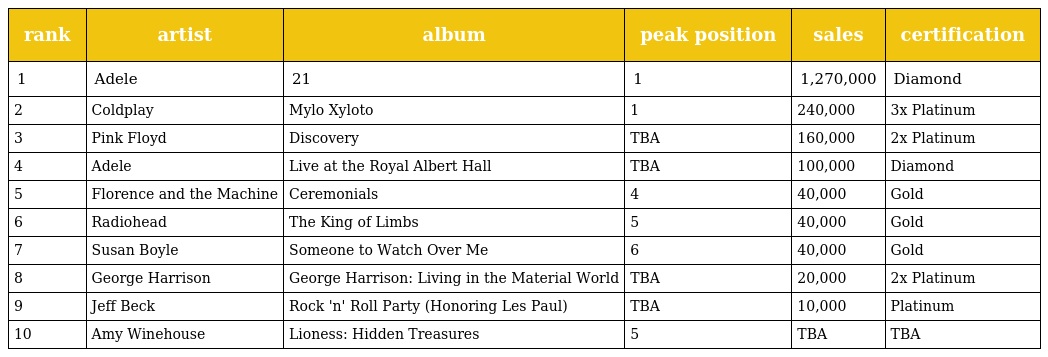
| rank | artist | album | peak position | sales | certification |
 | --- | --- | --- | --- | --- | --- |
 | 1 | Adele | 21 | 1 | 1,270,000 | Diamond |
 | 2 | Coldplay | Mylo Xyloto | 1 | 240,000 | 3x Platinum |
 | 3 | Pink Floyd | Discovery | TBA | 160,000 | 2x Platinum |
 | 4 | Adele | Live at the Royal Albert Hall | TBA | 100,000 | Diamond |
 | 5 | Florence and the Machine | Ceremonials | 4 | 40,000 | Gold |
 | 6 | Radiohead | The King of Limbs | 5 | 40,000 | Gold |
 | 7 | Susan Boyle | Someone to Watch Over Me | 6 | 40,000 | Gold |
 | 8 | George Harrison | George Harrison: Living in the Material World | TBA | 20,000 | 2x Platinum |
 | 9 | Jeff Beck | Rock 'n' Roll Party (Honoring Les Paul) | TBA | 10,000 | Platinum |
 | 10 | Amy Winehouse | Lioness: Hidden Treasures | 5 | TBA | TBA |